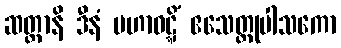
ဆတ္တာနိ ဒီနံ မဟာဝဋ္ဋိံ ဧသေတ္ထုပါသကော